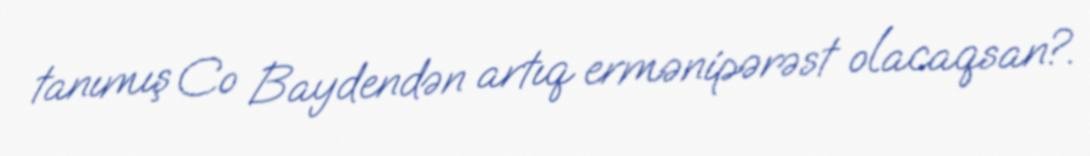
tanımış Co Baydendən artıq ermənipərəst olacaqsan?.